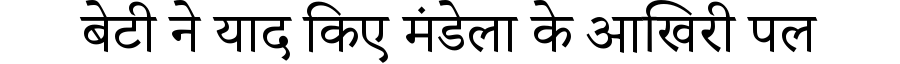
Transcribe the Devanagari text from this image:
बेटी ने याद किए मंडेला के आखिरी पल